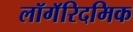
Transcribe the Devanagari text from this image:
लॉगॅरिदमिक